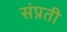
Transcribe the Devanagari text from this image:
संप्रती